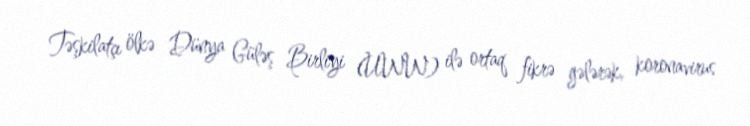
Təşkilatçı ölkə Dünya Güləş Birliyi (UWW) ilə ortaq fikrə gələrək, koronavirus